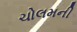
ચોલમની